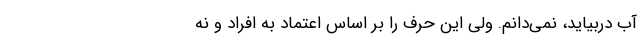
آب دربیاید، نمی‌دانم. ولی این حرف را بر اساس اعتماد به افراد و نه